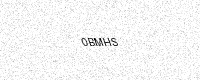
Text: 0BMHS